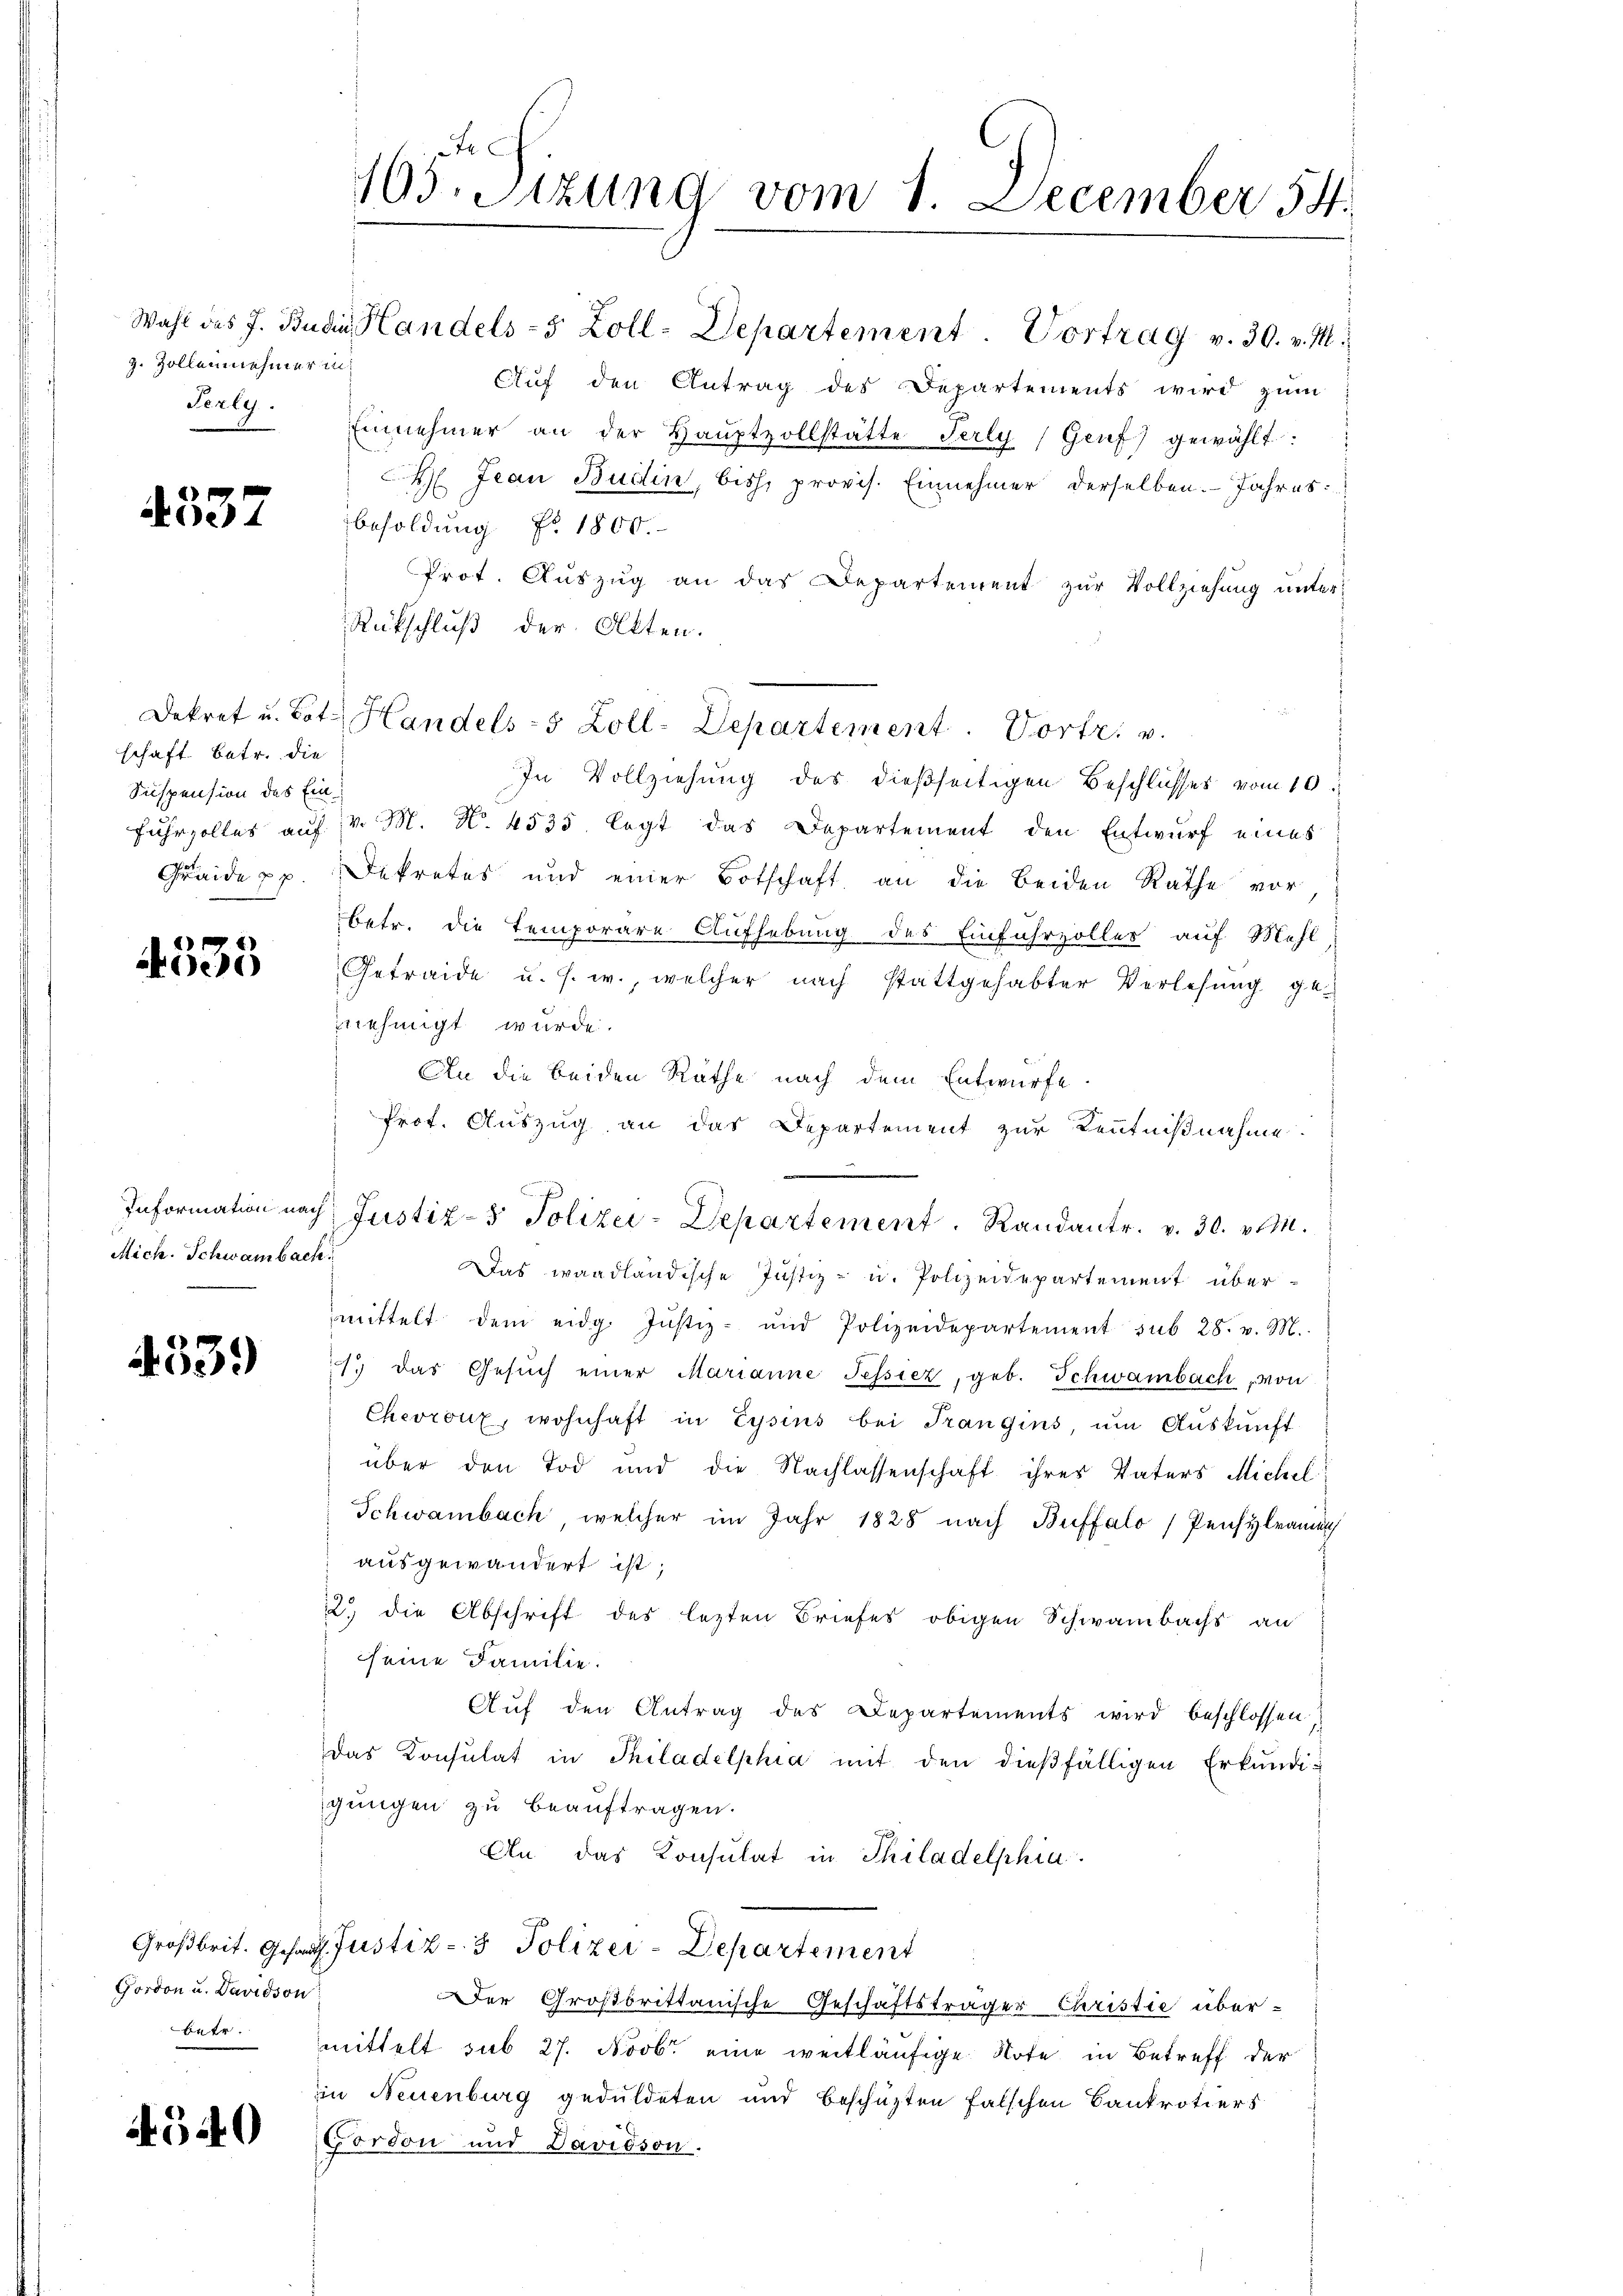
z. Zollennehmer in

4537

schaft. Betr. die
Suspension des Ein¬

4535

Mich. Schwambach.

4539)

Cordon u. Davidson
betr.

A 540

In Vollziehung des dießseitigen Beschlusses vom 10.
fuhrzolles auf v. M. N. 4535 legt das Departement den Entwurf eines
Graide pp. Dekretes und einer Botschaft an die beiden Rathe vor
betr. die temporäre Aufhebung des Einfuhrzolles auf Mehl
Getraide u. s. w., welcher nach stattgehabter Verlesung ge-
nehmigt wurde.
An die beiden Räthe nach dem Entwurfe.
Prof. Auszug an das Departement zur Kenntnißnahme.
Das wandländische Justiz- u. Polizeidepartement übermittelt dem eidg. Jŭstiz- und Polizeidepartement sub 28. v. M.
1. das Gesŭch einer Marianne Tessiez, geb. Schwambach von
Chevront, wohnhaft in Eysius bei Trangins, ŭm Aŭskŭnft
über den Tod und die Nachlassenschaft ihres Vaters Michel
Schwambach, welcher im Jahr 1828 nach Buffalo / Pensylram
ausgewandert ist;
22. die Abschrift des lezten Briefes obigen Schwambachs an
seine Familie.
Auf den Antrag des Departements wird beschlossen.
das Konsulat in Philadelphia mit den dießfälligen Erkŭndi-
gungen zu beauftragen.
An das Konsulat in Philadelphia
Großbrit. Gesandt. Justiz- & Polizei-Departement
Der Großbrittanische Geschäftsträger Christie über-
mittelt sub 27. Novbr. eine weitläufige Note in Betreff der
in Neuenburg geduldeten und beschüzten falschen Bankrotiers
Cordon und Davidson.

105. Sitzung vom 1. December 54.

Wahl des J. Budii Handels- 5 Zoll-Departement. Vortrag v. 30. v. M.
Auf den Antrag des Departements wird zum
Terly. Einnehmer an der Haŭptzollstätte Perly (Genf) gewählt:
 Jean Budin, bishi provis. Einnehmer derselben. Jahres
Besoldung No 1800.
Prot. Auszug an das Departement zur Vollziehung unter
Rückschluß der Akten.

Dekret u. Bote Handels-5 Zoll-Departement. Vortr. v.

Information nach Justiz- & Polizei-Departement.   Randants. v. 30. v. M.